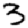
Digit: 3